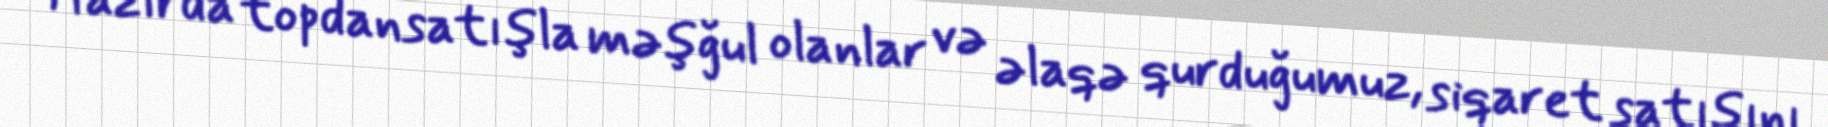
Hazırda topdansatışla məşğul olanlar və əlaqə qurduğumuz, siqaret satışını